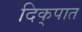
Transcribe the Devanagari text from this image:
दिक्‌पात